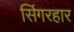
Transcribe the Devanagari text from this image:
सिंगरहार